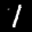
Label: 1